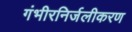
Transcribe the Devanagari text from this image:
गंभीरनिर्जलीकरण